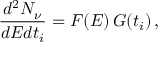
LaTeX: \frac { d ^ { 2 } N _ { \nu } } { d E d t _ { i } } = F ( E ) \, G ( t _ { i } ) \, ,